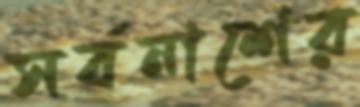
সর্বনাশের